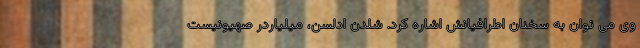
وی می توان به سخنان اطرافیانش اشاره کرد. شلدن ادلسن، میلیاردر صهیونیست